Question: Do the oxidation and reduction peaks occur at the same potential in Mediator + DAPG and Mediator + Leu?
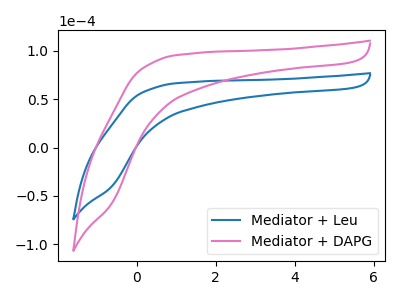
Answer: <think>The blue curve "Mediator + Leu" has no peaks. The pink curve "Mediator + DAPG" has no peaks.</think>
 <answer>Niether CV has any peaks.</answer>
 <eval>blanks</eval>